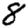
Digit: 8